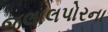
જલાલપોરના